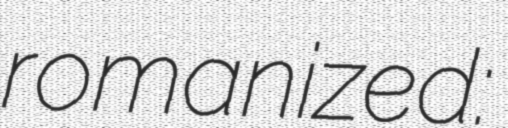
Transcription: romanized: